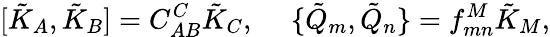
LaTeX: [\tilde{K}_{A},\tilde{K}_{B}]=C_{AB}^{C}\tilde{K}_{C},\ \ \ \ \ \{ \tilde{Q}_{m},\tilde{Q}_{n}\} =f_{mn}^{M}\tilde{K}_{M},